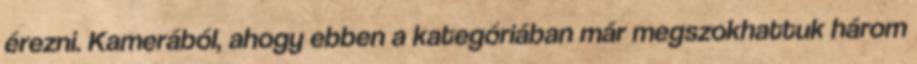
érezni. Kamerából, ahogy ebben a kategóriában már megszokhattuk három